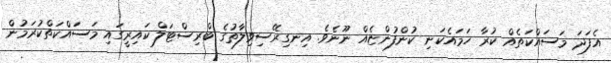
އެފަދަ މަސައްކަތެއް ކުރާ ހަމައެކަނި ކުންފުންޏެއް ނޫނެވެ. އިނގިރޭސިވިލާތުގެ ބްރިސްޓަލް ކައިރީގައި މަސައްކަތްކުރަމުން